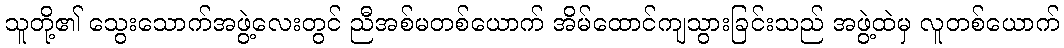
သူတို့၏ သွေးသောက်အဖွဲ့လေးတွင် ညီအစ်မတစ်ယောက် အိမ်ထောင်ကျသွားခြင်းသည် အဖွဲ့ထဲမှ လူတစ်ယောက်